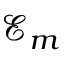
\mathcal { E } _ { m }